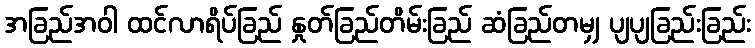
အခြည်အဝါ ထင်လာရိပ်ခြည် နှုတ်ခြည်တိမ်းခြည် ဆံခြည်တမျှ ပျပျခြည်းခြည်း